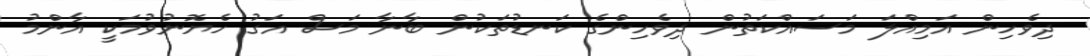
ދިވެހިން އަމިއްލަ މަސައްކަތުން ދިވެހިންގެ ކަނޑުތަކުން ބާނާ މަސް އަގު ހެޔޮނުވުމަކީ އާންމު